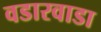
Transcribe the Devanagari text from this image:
वडारवाडा